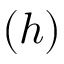
( h )